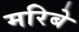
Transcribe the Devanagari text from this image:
मरिबे